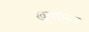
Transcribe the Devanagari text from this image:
खुषामत